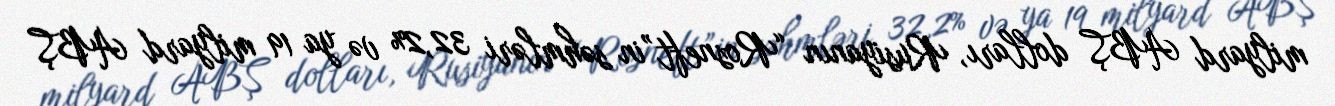
milyard ABŞ dolları, Rusiyanın “Rosneft”in səhmləri 32,2% və ya 19 milyard ABŞ